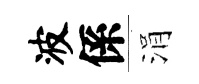
波係涓